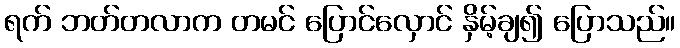
ရက် ဘတ်တလာက တမင် ပြောင်လှောင် နှိမ့်ချ၍ ပြောသည်။